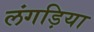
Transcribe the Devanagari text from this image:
लंगड़िया